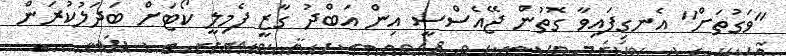
"ވަގުތަށް" އެނގިފައިވާ ގޮތުން ޖޭއެސްސީ އިން އަބްދު ގާޒީ ފެމިލީ ކޯޓަށް ބަދަލުކުރަން